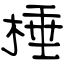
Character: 棰